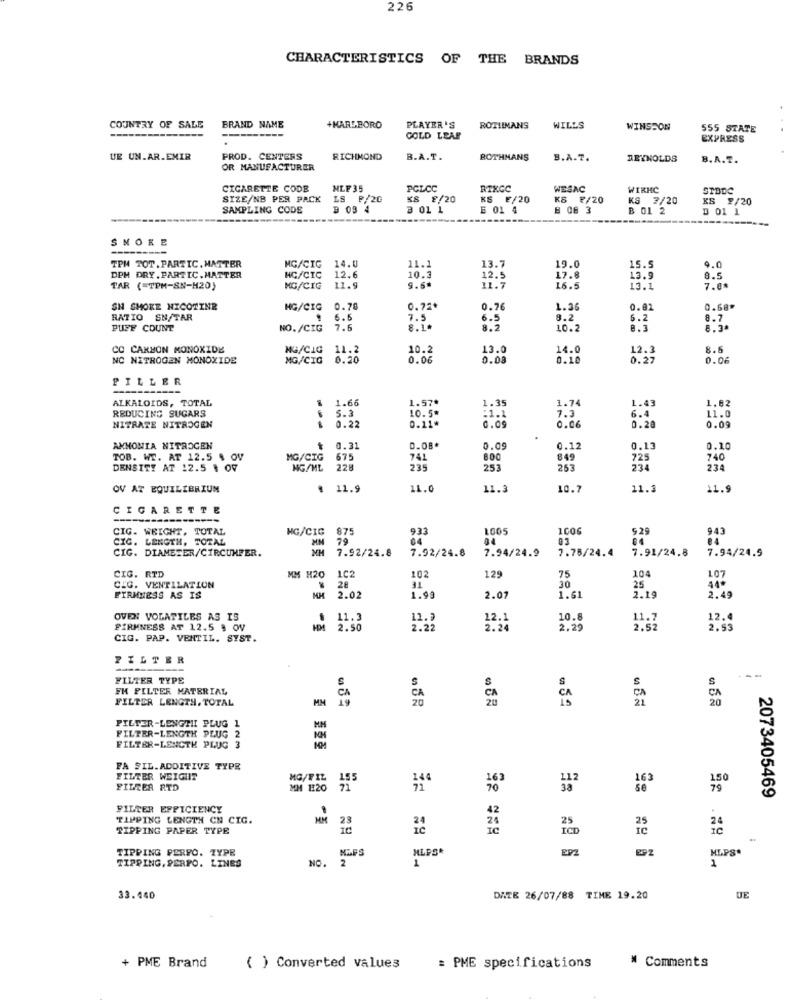
226
CHARACTERISTICS OF THE
BRANDS
PLAYER'S
COUNTRY OF SALE
BRAND NAME
+MARLBORO
ROTIINANS
WILLS
WINSSON
555 STATE
.
GOLD LEAF
EXPRESS
UE UN.AR.EMIR
PROD. CENTERS
RICHMOND
B.A.T.
ROTHMANS
B.A.T.
REYNOLDS
B. A.T.
OR MANUFACTURER
CIGARETTE CODE
NLF 35
PGLCC
RTXCC
WESAC
WIRMC
STBDC
SIZE/NB PER PACK
LS P/20
KS £/20
KS E/20
KS ₹/20
KS 7/20
KS 2/20
SAMPLING CODE
B 03 4
3 01 1
6 01 4
B C8 3
B 01 2
B 01 1
SNORE
14.
11.
19.0
TPM TOT. PARTIC. MATTER
MG/CIG
13.7
15.5
1.0
DPM DRY. PARTIC. HATTER
HC/CIC
12.6
10.3
12.5
17.8
13.9
8.5
TAR (=TPM-SN-H20)
MG/CIG
11.9
9.6
11.7
16.5
13.1
7.01
SN SMOKE NICOTINE
HG/CIG
0.70
0.75
0.76
1.36
0.02
0.68"
RATIO SN/TAR
6.5
8.2
8.7
PUFF COUNT
NO./CIG
7.6
8.1.
10.2
8.3
CO CARBON MONOXIDE
MG/CIG
11.2
10.2
13.0
14.0
12.
8.6
NC NITROGEN MONOXIDE
MG/CIG
0.20
0.06
0.00
0.10
0.27
0.06
PILLER
ALKALOIDS, TOTAL
1.66
1.57ª
1.74
1.43
REDUCING SUGARS
5.3
1.35
1.82
0.22
10.5*
7.3
6.4
11.0
NITRATE NITROGEN
0.21*
6.09
0.06
0.20
0.09
AMMONIA NITROGEN
0.31
D.08.
0.0
0.12
0.13
0.10
TOB. WE. AT 12.5 $ OV
MG/CIG
675
741
800
849
725
740
DENSITY AT 12.5 $ 07
NG/ML
228
235
253
253
234
234
OV AT EQUILIBRIUM
11.9
11.0
11.3
10.
11.3
11.9
CIGARETTE
----
CIG. WEIGHT, TOTAL
NG/CIC
875
933
1005
1006
929
943
CIC. LENGTH. TOTAL
79
04
04
01
84
CIG. DIAMETER/CIRCUNFER.
MM
7.92/24.8
7.92/24.8
7.94/24.9
7.76/24.4
7.91/24.8
7.94/24.9
CIG. RTD
MH H20
102
102
TE
129
75
30
104
107
CIG. VENTILATION
28
25
44º
2.49
FIRMMESS AS IS
MH
2.02
1.99
2.07
1.61
2.19
OVEN VOLATILES AS IS
11.3
11.
12.1
10.8
FIRMNESS AT 12.5 @ OV
2.50
2.22
2.29
2.52
CIG. PAP. VENTIL. SYST.
FILTER
FILTER TYPE
---
FM FILTER MATERIAL
S
FILTER LENGTH. TOTAL
HM
0 58
FILTER-LENGHI PLUG 1
FILTER-LENGTH PLUG
FILTER-LENGTH PLUG 3
FA SIL.ADDITIVE TYPE
FILTER WEIGHT
MG/FIL
FILZER RTD
MM H20
2073405469
FILTER EFFICIENCY
TAPPING LENGTH CN CIG.
MM
25
TIPPING PAPER TYPE
IC
ICD
.29
TIPPING PERFO. TYPE
MLPS.
EPZ
EPZ
MLPS*
TIPPING, PERPO. LINES
NO.
2
1
1
33.440
DATE 26/07/88 TIME 19.20
UE
+ PME Brand
( ) Converted values
: PME specifications
# Comments